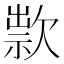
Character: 㱁